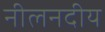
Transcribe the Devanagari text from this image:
नीलनदीय